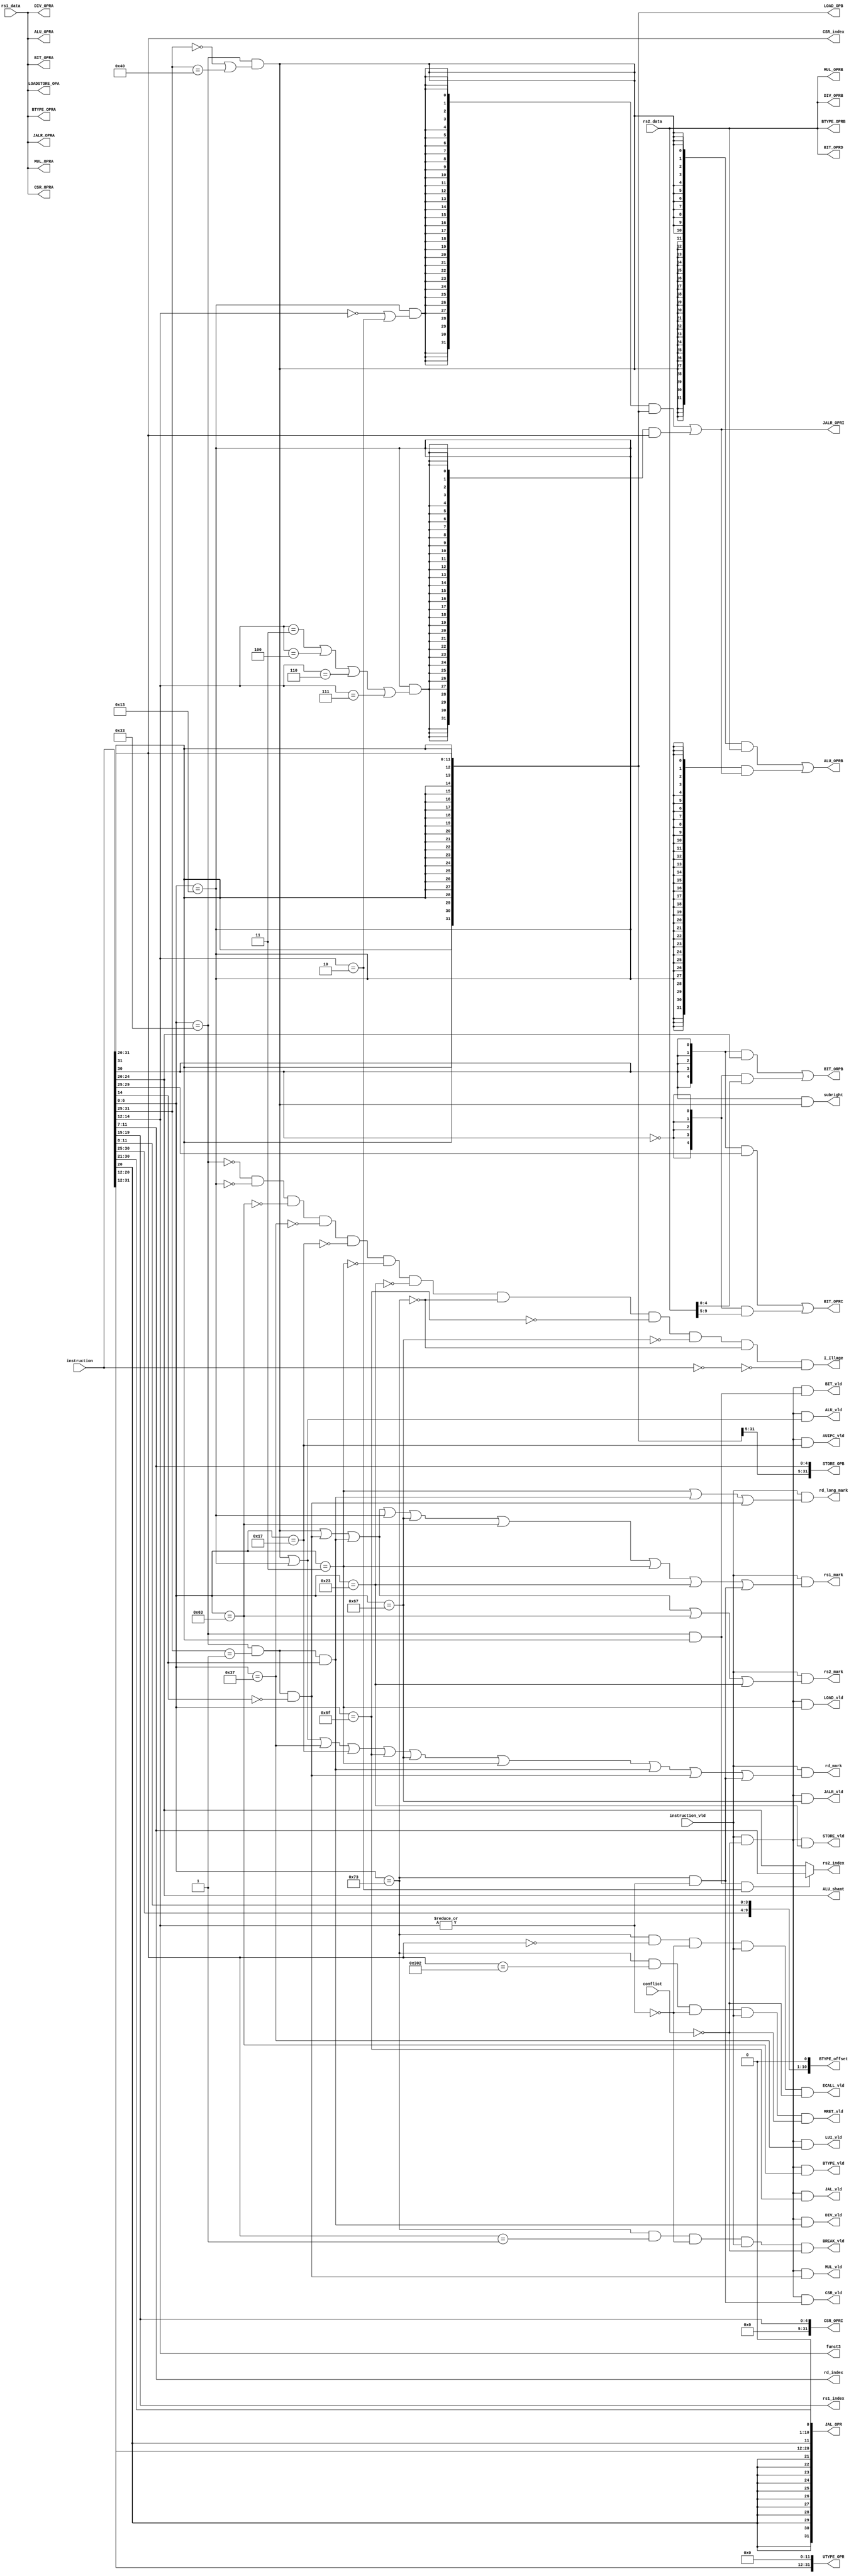
module ex_module
(
input [31:0]instruction,
input instruction_vld,

output [4:0] rs1_index,
input  [31:0]rs1_data,
output [4:0] rs2_index,
input  [31:0]rs2_data,
output [4:0] rd_index,

output [2:0]funct3,
output subright,

input  conflict,
output rd_long_mark,
output rd_mark,
output rs1_mark,
output rs2_mark,

output [31:0]ALU_OPRA,
output [31:0]ALU_OPRB,
output [4:0]ALU_shamt,

output [31:0]BIT_OPRA,
output [4:0]BIT_ORPB,
output [4:0]BIT_OPRC,
output [31:0]BIT_OPRD,

output [31:0]MUL_OPRA,
output [31:0]MUL_OPRB,

output [31:0]DIV_OPRA,
output [31:0]DIV_OPRB,

output [31:0]BTYPE_OPRA,
output [31:0]BTYPE_OPRB,
output [31:0]BTYPE_offset,

output [31:0]JAL_OPR,
output [31:0]JALR_OPRA,
output [31:0]JALR_OPRI,

output [31:0]UTYPE_OPR,

output [31:0]LOADSTORE_OPA,
output [31:0]LOAD_OPB,
output [31:0]STORE_OPB,

output [11:0]CSR_index,
output [31:0]CSR_OPRA,
output [31:0]CSR_OPRI,

output ALU_vld,
output MUL_vld,
output DIV_vld,
output BIT_vld,
output BTYPE_vld,
output JAL_vld,
output JALR_vld,
output LUI_vld,
output AUIPC_vld,
output LOAD_vld,
output STORE_vld,
output CSR_vld,

output MRET_vld,
output BREAK_vld,
output ECALL_vld,

output I_Illage
);

assign funct3	=instruction[14:12];
wire [6:0]funct7	=instruction[31:25];
wire [11:0]funct12	=instruction[31:20];
//===============tanslate Op==================================
wire [6:0] Op=instruction[6:0];
wire RTYPE	= (Op==7'b0110011);
wire ITYPE	= (Op==7'b0010011);  
wire BTYPE	= (Op==7'b1100011);
wire LUI	= (Op==7'b0110111);
wire AUIPC	= (Op==7'b0010111);
wire LOAD	= (Op==7'b0000011);
wire STORE	= (Op==7'b0100011);
wire SYSTEM	= (Op==7'b1110011);
wire JAL	= (Op==7'b1101111);
wire JALR 	= (Op==7'b1100111);
assign I_Illage= !RTYPE & !ITYPE & !BTYPE & !LUI & !AUIPC & !LOAD & !STORE & !SYSTEM & !JAL & !JALR & !SYSTEM & !(instruction==32'b0);
//===============tanslate function==================================
wire RTYPE_BASE	=RTYPE &(funct7==7'b00000000 | funct7==7'b01000000);
wire RTYPE_MUL	 	=RTYPE &(funct7==7'b0000001)&(!funct3[2]);
wire RTYPE_DIV		=RTYPE &(funct7==7'b0000001)&( funct3[2]);
wire RTYPE_BIT		=RTYPE &(funct7[6]==1'b1);
wire RTYPE_BIT_rd =RTYPE_BIT & (funct3==3'b010);
wire ITYPE_unsign =ITYPE & (funct3==3'b011 | funct3==3'b100 | funct3==3'b110 | funct3==3'b111);
wire ITYPE_sign   =ITYPE & (funct3==3'b000 | funct3==3'b010);
wire SYSTEM_MRET	=SYSTEM&(funct12==12'b0011_0000_0010)&(~|funct3);
wire SYSTEM_ECALL	=SYSTEM&(funct12==12'b0000_0000_0000)&(~|funct3);
wire SYSTEM_BREAK	=SYSTEM&(funct12==12'b0000_0000_0001)&(~|funct3);
wire SYSTEM_CSR 	=SYSTEM &(|funct3);
//===============commute with relevant==================================
assign rd_long_mark	= instruction_vld &(LOAD | RTYPE_DIV | RTYPE_MUL);
assign rd_mark		   = instruction_vld &(RTYPE_BASE | ITYPE | LUI | AUIPC | JAL | JALR | LOAD | RTYPE_DIV | RTYPE_MUL | SYSTEM_CSR);
assign rs1_mark		= instruction_vld &(RTYPE_BASE | RTYPE_MUL | RTYPE_DIV | ITYPE | JALR | BTYPE | LOAD | STORE | SYSTEM_CSR);
assign rs2_mark		= instruction_vld &(RTYPE_BASE | RTYPE_MUL | RTYPE_DIV | BTYPE | STORE);
//=========================IMM generator=================================
wire [31:0] ITYPE_Imm	=({32{ITYPE_sign}}&{{20{instruction[31]}},{instruction[31:20]}})|
								({32{ITYPE_unsign}}&{20'b0,{instruction[31:20]}});
wire [31:0]	JAL_Imm		={{12{instruction[20]}},{instruction[19:12]},{instruction[20]},{instruction[30:21]},1'b0};
wire [31:0] BTYPE_Imm	={{20{instruction[12]}},{instruction[7]},{instruction[30:25]},{instruction[11:8]},1'b0};
wire [31:0] STORE_Imm	={{20{instruction[31]}},{instruction[31:25]},{instruction[11:7]}};
wire [31:0] LOAD_Imm		={{20{instruction[31]}},{instruction[31:20]}};
wire [31:0] UTYPE_Imm	={{instruction[31:12]},{12'b0}};
wire [31:0] CSR_Imm		={{27'b0},{instruction[19:15]}};
wire [4:0]  BIT_Imm2		=instruction[24:20];
wire [4:0]  BIT_Imm3		=instruction[29:25];
//=======================================================================
//===================commute with reg====================================
assign rs1_index =instruction[19:15];
assign rs2_index =RTYPE_BIT_rd?instruction[11:7]:instruction[24:20];
assign rd_index  =instruction[11:7];
//=======================================================================
//===================commute with alu====================================
assign ALU_vld   = instruction_vld & ~conflict &(ITYPE | RTYPE_BASE);
assign ALU_OPRA   =rs1_data;
assign ALU_OPRB   =({32{RTYPE_BASE}}&rs2_data)|
						 ({32{ITYPE}}&ITYPE_Imm);
assign ALU_shamt  = instruction[24:20];
assign subright	       =funct7[5]&RTYPE_BASE;
//========================================================================	
//===================commute with MUL=====================================
assign MUL_vld = instruction_vld & ~conflict & RTYPE_MUL;
assign MUL_OPRA = rs1_data;
assign MUL_OPRB = rs2_data;
//========================================================================	
//===================commute with div=====================================
assign DIV_vld = instruction_vld & ~conflict & RTYPE_DIV;
assign DIV_OPRA = rs1_data;
assign DIV_OPRB = rs2_data;
//======================================================================	
//===================commute with BIT===================================
assign BIT_vld = instruction_vld & ~conflict & RTYPE_BIT;
assign BIT_OPRA = rs1_data;
assign BIT_ORPB = ({5{funct7[5]}} & BIT_Imm2) |({5{~funct7[5]}} & rs2_data[4:0]);
assign BIT_OPRC = ({5{funct7[5]}} & BIT_Imm3) |({5{~funct7[5]}} & rs2_data[9:5]);
assign BIT_OPRD = rs2_data;
//======================================================================
//=====================commute with BTYPE===============================
assign BTYPE_vld = instruction_vld & ~conflict & BTYPE;
assign BTYPE_OPRA = rs1_data;
assign BTYPE_OPRB = rs2_data;
assign BTYPE_offset=BTYPE_Imm;
//======================================================================
//=====================commute with JAL===============================
assign JAL_vld	= instruction_vld & ~conflict & JAL;
assign JAL_OPR	= JAL_Imm;
//======================================================================
//=====================commute with JALR===============================
assign JALR_vld	= instruction_vld & ~conflict & JALR;
assign JALR_OPRA	= rs1_data;
assign JALR_OPRI	= ITYPE_Imm;
//======================================================================	
//===================commute with UTYPE=====================================
assign LUI_vld	= instruction_vld & ~conflict & LUI;
assign AUIPC_vld	= instruction_vld & ~conflict & AUIPC;
assign UTYPE_OPR 	= UTYPE_Imm;
//=======================================================================
//===================commute with LOAD/STORE==============================
assign LOAD_vld 		= instruction_vld & ~conflict & LOAD;
assign STORE_vld	 	= instruction_vld & ~conflict & STORE;
assign LOADSTORE_OPA 	= rs1_data;
assign LOAD_OPB			= LOAD_Imm;
assign STORE_OPB		   = STORE_Imm;
//======================================================================	
//===================commute with CSR=====================================
assign CSR_vld  = instruction_vld & ~conflict & SYSTEM_CSR;
assign CSR_index= instruction[31:20];
assign CSR_OPRA = rs1_data;
assign CSR_OPRI = CSR_Imm;
//======================================================================	
//===================commute with INC=====================================
assign MRET_vld =SYSTEM_MRET &instruction_vld & ~conflict;
assign ECALL_vld=SYSTEM_ECALL&instruction_vld & ~conflict;
assign BREAK_vld=SYSTEM_BREAK&instruction_vld & ~conflict;

endmodule